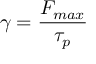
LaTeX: \gamma = { \frac { F _ { m a x } } { \tau _ { p } } }